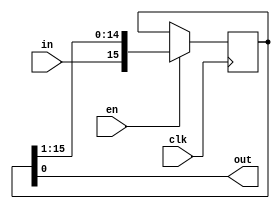
module shift_reg_1(
     clk, en, in,
     out
  );
  parameter integer LEN = 16;
  input clk, en, in;
  output out;
  reg [LEN:1] store;
  assign out = store & 1;
  always @(posedge clk)
    if (en)
      store <= {in,store[LEN:2]};
endmodule